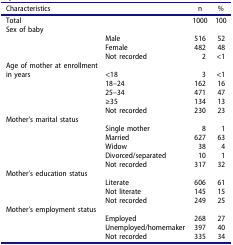
| Characteristics |  | n | % |
 | --- | --- | --- | --- |
 | Total |  | 1000 | 100 |
 | Sex of baby |  |  |  |
 |  | Male | 516 | 52 |
 |  | Female | 482 | 48 |
 |  | Not recorded | 2 | <1 |
 | Age of mother at enrollment |  |  |  |
 | in years | <18 | 3 | <1 |
 |  | 18–24 | 162 | 16 |
 |  | 25–34 | 471 | 47 |
 |  | ≥35 | 134 | 13 |
 |  | Not recorded | 230 | 23 |
 | Mother’s marital status |  |  |  |
 |  | Single mother | 8 | 1 |
 |  | Married | 627 | 63 |
 |  | Widow | 38 | 4 |
 |  | Divorced/separated | 10 | 1 |
 |  | Not recorded | 317 | 32 |
 | Mother’s education status |  |  |  |
 |  | Literate | 606 | 61 |
 |  | Not literate | 145 | 15 |
 |  | Not recorded | 249 | 25 |
 | Mother’s employment status |  |  |  |
 |  | Employed | 268 | 27 |
 |  | Unemployed/homemaker | 397 | 40 |
 |  | Not recorded | 335 | 34 |